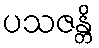
ပသဇန္တိ